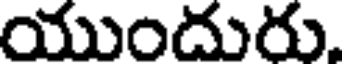
యుందురు.